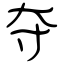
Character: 夺